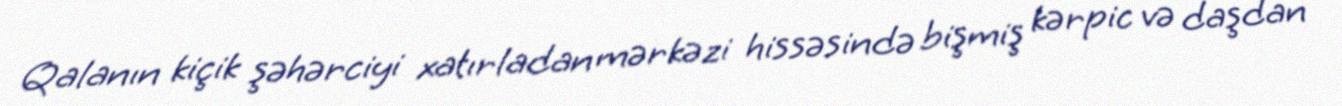
Qalanın kiçik şəhərciyi xatırladan mərkəzi hissəsində bişmiş kərpic və daşdan